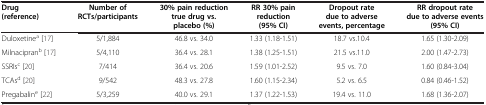
<table><thead><tr><td><b>Drug (reference)</b></td><td><b>Number of RCTs/participants</b></td><td><b>30% pain reduction true drug vs. placebo (%)</b></td><td><b>RR 30% pain reduction (95% CI)</b></td><td><b>Dropout rate due to adverse events, percentage</b></td><td><b>RR dropout rate due to adverse events (95% CI)</b></td></tr></thead><tbody><tr><td>Duloxetine<sup>a</sup>[17]</td><td>5/1,884</td><td>46.8 vs. 34.0</td><td>1.33 (1.18-1.51)</td><td>18.7 vs.10.4</td><td>1.65 (1.30-2.09)</td></tr><tr><td>Milnacipran<sup>b</sup>[17]</td><td>5/4,110</td><td>36.4 vs. 28.1</td><td>1.38 (1.25-1.51)</td><td>21.5 vs.11.0</td><td>2.00 (1.47-2.73)</td></tr><tr><td>SSRIs<sup>c</sup>[20]</td><td>7/414</td><td>36.4 vs. 20.6</td><td>1.59 (1.01-2.52)</td><td>9.5 vs. 7.0</td><td>1.60 (0.84-3.04)</td></tr><tr><td>TCAs<sup>d</sup>[20]</td><td>9/542</td><td>48.3 vs. 27.8</td><td>1.60 (1.15-2.34)</td><td>5.2 vs. 6.5</td><td>0.84 (0.46-1.52)</td></tr><tr><td>Pregabalin<sup>e</sup>[22]</td><td>5/3,259</td><td>40.0 vs. 29.1</td><td>1.37 (1.22-1.53)</td><td>19.4 vs. 11.0</td><td>1.68 (1.36-2.07)</td></tr></tbody></table>